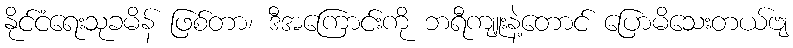
နိုင်ငံရေးသုခမိန် ဖြစ်တာ၊ ဒီအကြောင်းကို ဘရီကျူးနဲ့တောင် ပြောမိသေးတယ်ဗျ